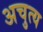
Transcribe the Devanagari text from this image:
अचुत्य